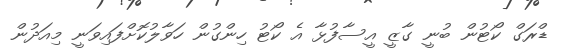
ޑްރަގް ކޯޓުން ބުނީ ގާޒީ އީސާފުޅާ އެ ކޯޓު ހިންގުން ހަވާލުކޮށްފައިވަނީ މިއަދުން